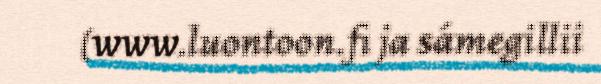
(www.luontoon.fi ja sámegillii